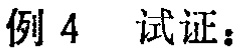
例 4 试证：